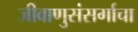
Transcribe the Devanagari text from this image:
जीवाणुसंसर्गाचा